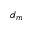
d _ { m }